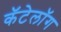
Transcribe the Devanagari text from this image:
कॅटेलॉग